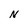
Character: N